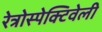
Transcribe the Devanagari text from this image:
रेत्रोस्पेक्टिवेली